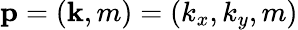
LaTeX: \mathbf{p}=(\mathbf{k},m)=(k_{x},k_{y},m)